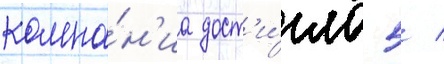
компа́н'иа дост'и́гла 5 /